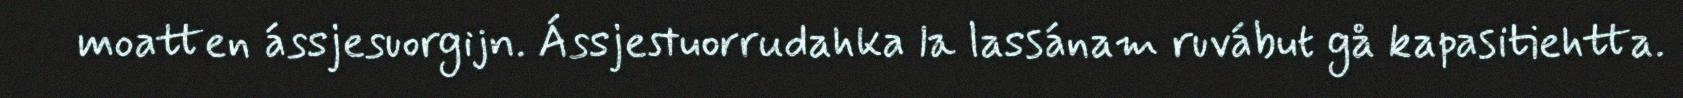
moatten ássjesuorgijn. Ássjestuorrudahka la lassánam ruvábut gå kapasitiehtta.